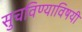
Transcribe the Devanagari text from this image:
सुचविण्याविषयी